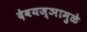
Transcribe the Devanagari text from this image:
देवयज्ञामुळे